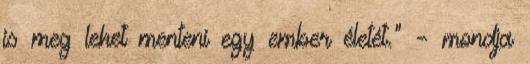
is meg lehet menteni egy ember életét." – mondja